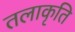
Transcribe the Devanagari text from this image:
तलाकृति